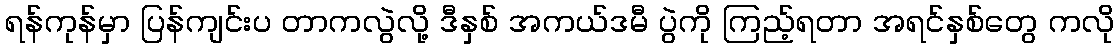
ရန်ကုန်မှာ ပြန်ကျင်းပ တာကလွဲလို့ ဒီနှစ် အကယ်ဒမီ ပွဲကို ကြည့်ရတာ အရင်နှစ်တွေ ကလို